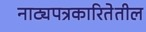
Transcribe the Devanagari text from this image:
नाट्यपत्रकारितेतील